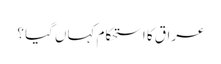
عراق کا استحکام کہاں گیا ؟